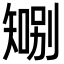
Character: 𪿍